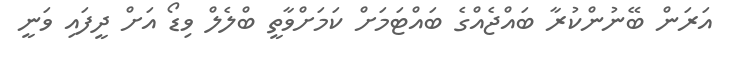
އަރަން ބޭނުންކުރާ ބައްޖެއްގެ ބައްޓަމަށް ކަމަށްވާތީ ބްލެލް ވިޑޯ އަށް ދީފައި ވަނީ